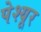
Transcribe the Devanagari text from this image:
पेश्यूर